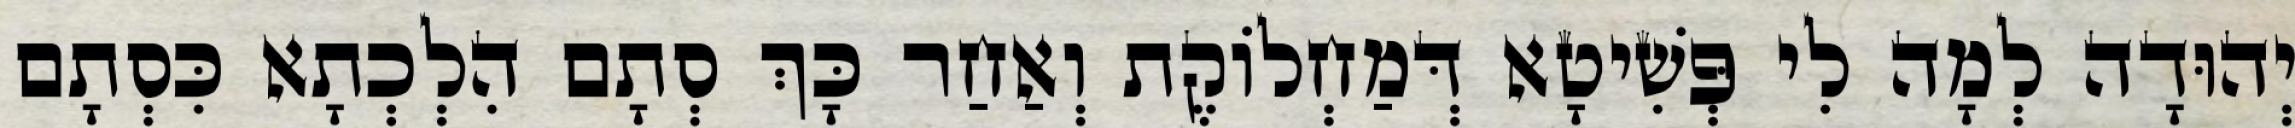
יְהוּדָה לְמָה לִי פְּשִׁיטָא דְּמַחְלוֹקֶת וְאַחַר כָּךְ סְתָם הִלְכְתָא כִּסְתָם